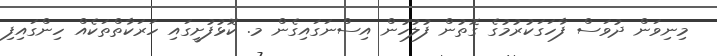
މިނިވަން ދުވަސް ފާހަގަކުރުމުގެ ގޮތުން ފުލުހުން އިސްނަގައިގެން މ. ކޮޅުފުށީގައި ހަރަކާތްތަކެއް ހިންގައިފި